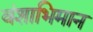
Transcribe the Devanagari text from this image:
वंशाभिमान